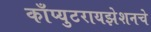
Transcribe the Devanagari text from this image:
काँप्युटरायझेशनचे